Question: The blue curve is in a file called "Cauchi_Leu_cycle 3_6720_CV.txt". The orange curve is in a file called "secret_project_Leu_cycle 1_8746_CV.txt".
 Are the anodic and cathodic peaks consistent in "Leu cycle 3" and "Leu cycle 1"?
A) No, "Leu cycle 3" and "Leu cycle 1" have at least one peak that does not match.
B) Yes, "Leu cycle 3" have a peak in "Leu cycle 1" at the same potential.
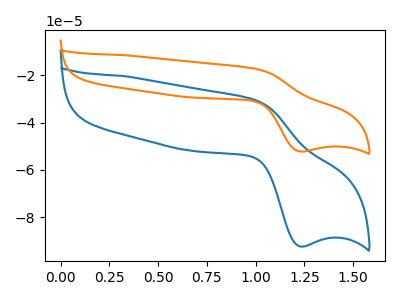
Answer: <think>The blue curve "Leu cycle 3" has an anodic peak at (1.00V, -30.55uA) and a cathodic peak at (1.25V, -92.35uA). The orange curve "Leu cycle 1" has an anodic peak at (1.00V, -17.30uA) and a cathodic peak at (1.25V, -52.20uA).</think>
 <answer>B) Yes, "Leu cycle 3" have a peak in "Leu cycle 1" at the same potential.</answer>
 <eval>B</eval>